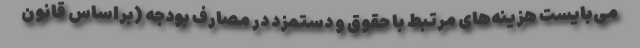
می‌بایست هزینه‌های مرتبط با حقوق و دستمزد در مصارف بودجه (براساس قانون